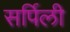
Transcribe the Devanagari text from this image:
सर्पिली